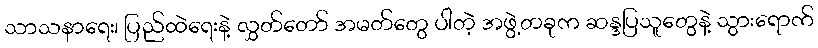
သာသနာရေး၊ ပြည်ထဲရေးနဲ့ လွှတ်တော် အမတ်တွေ ပါတဲ့ အဖွဲ့တခုက ဆန္ဒပြသူတွေနဲ့ သွားရောက်